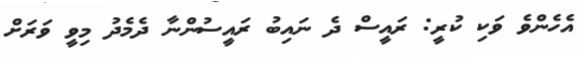
އެހެންވެ ވަކި ކުރީ: ރައީސް ދެ ނައިބު ރައީސުންނާ ދެމެދު މިވީ ވަރަށް